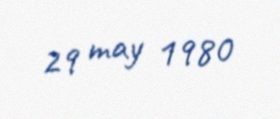
29 may 1980